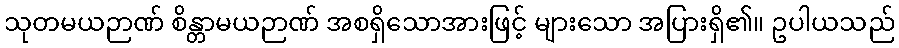
သုတမယဉာဏ် စိန္တာမယဉာဏ် အစရှိသောအားဖြင့် များသော အပြားရှိ၏။ ဥပါယသည်